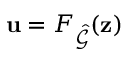
\mathbf { u } = F _ { \hat { \mathcal { G } } } ( \mathbf { z } )